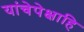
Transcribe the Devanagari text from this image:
यांचेपेक्षाहि